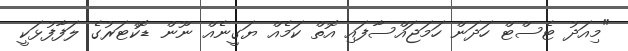
"މިއަދު ޓެސްޓް ހަދަން ހަމަޖައްސާފައި އޮތް ކަމެއް ޔަގީނެއް ނޫން ޑޮކްޓަރުގެ ލަފާފުޅަކީ